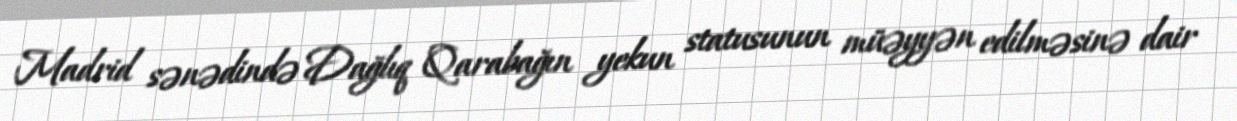
Madrid sənədində Dağlıq Qarabağın yekun statusunun müəyyən edilməsinə dair